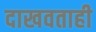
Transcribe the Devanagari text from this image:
दाखवताही